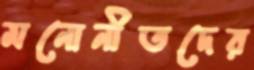
মনোনীতদের